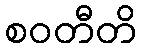
စဝတီတိ